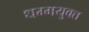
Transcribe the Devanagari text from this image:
धम्मयुक्त